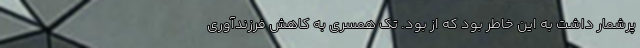
پرشمار داشت به این خاطر بود که از بود. تک همسری به کاهش فرزند‌آوری